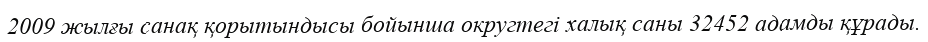
2009 жылғы санақ қорытындысы бойынша округтегі халық саны 32452 адамды құрады.